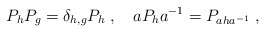
\begin{align*}P_hP_g=\delta_{h,g}P_h\; ,\quad aP_h a^{-1}=P_{aha^{-1}}\; ,\end{align*}